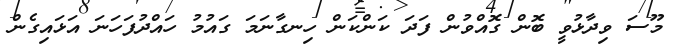
މޫސަ ވިދާޅުވީ ބޮން ގޮއްވުން ފަދަ ކަންކަން ހިނގާނަމަ ގައުމު ހައްދުފަހަނަ އަޅައިގެން